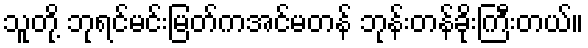
သူတို့ ဘုရင်မင်းမြတ်ကအင်မတန် ဘုန်းတန်ခိုးကြီးတယ်။